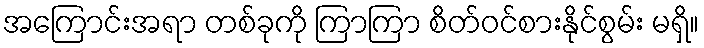
အကြောင်းအရာ တစ်ခုကို ကြာကြာ စိတ်ဝင်စားနိုင်စွမ်း မရှိ။